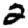
Digit: 2